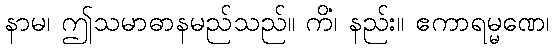
နာမ၊ ဤသမာဓာနမည်သည်။ ကိံ၊ နည်း။ ဧကာရမ္မဏေ၊